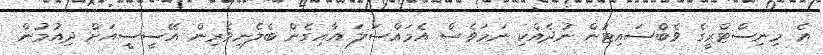
އެ މިނިސްޓްރީގެ ވެބްސައިޓުން ނުދެއްކި ނަމަވެސް އެމައްސަލަ އާއިގެން ބެލެނިވެރިން އޭސީސީއަށް ދިއުމުން